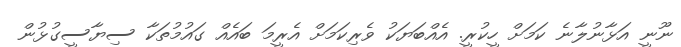
ނޫނީ އަޅާނުލާނެ ކަމަށް ހީކުރީ. އެއްބަޔަކު ވެރިކަމަށް އެރީމަ ބައެއް ގައުމުތަކާ ސިޔާސީގުޅުން